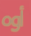
أوه